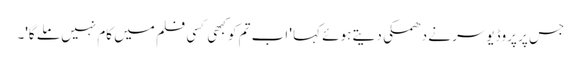
جس پر پروڈیوسر نے دھمکی دیتے ہوئے کہا ' اب تم کو کبھی کسی فلم میں کام نہیں ملے گا'۔